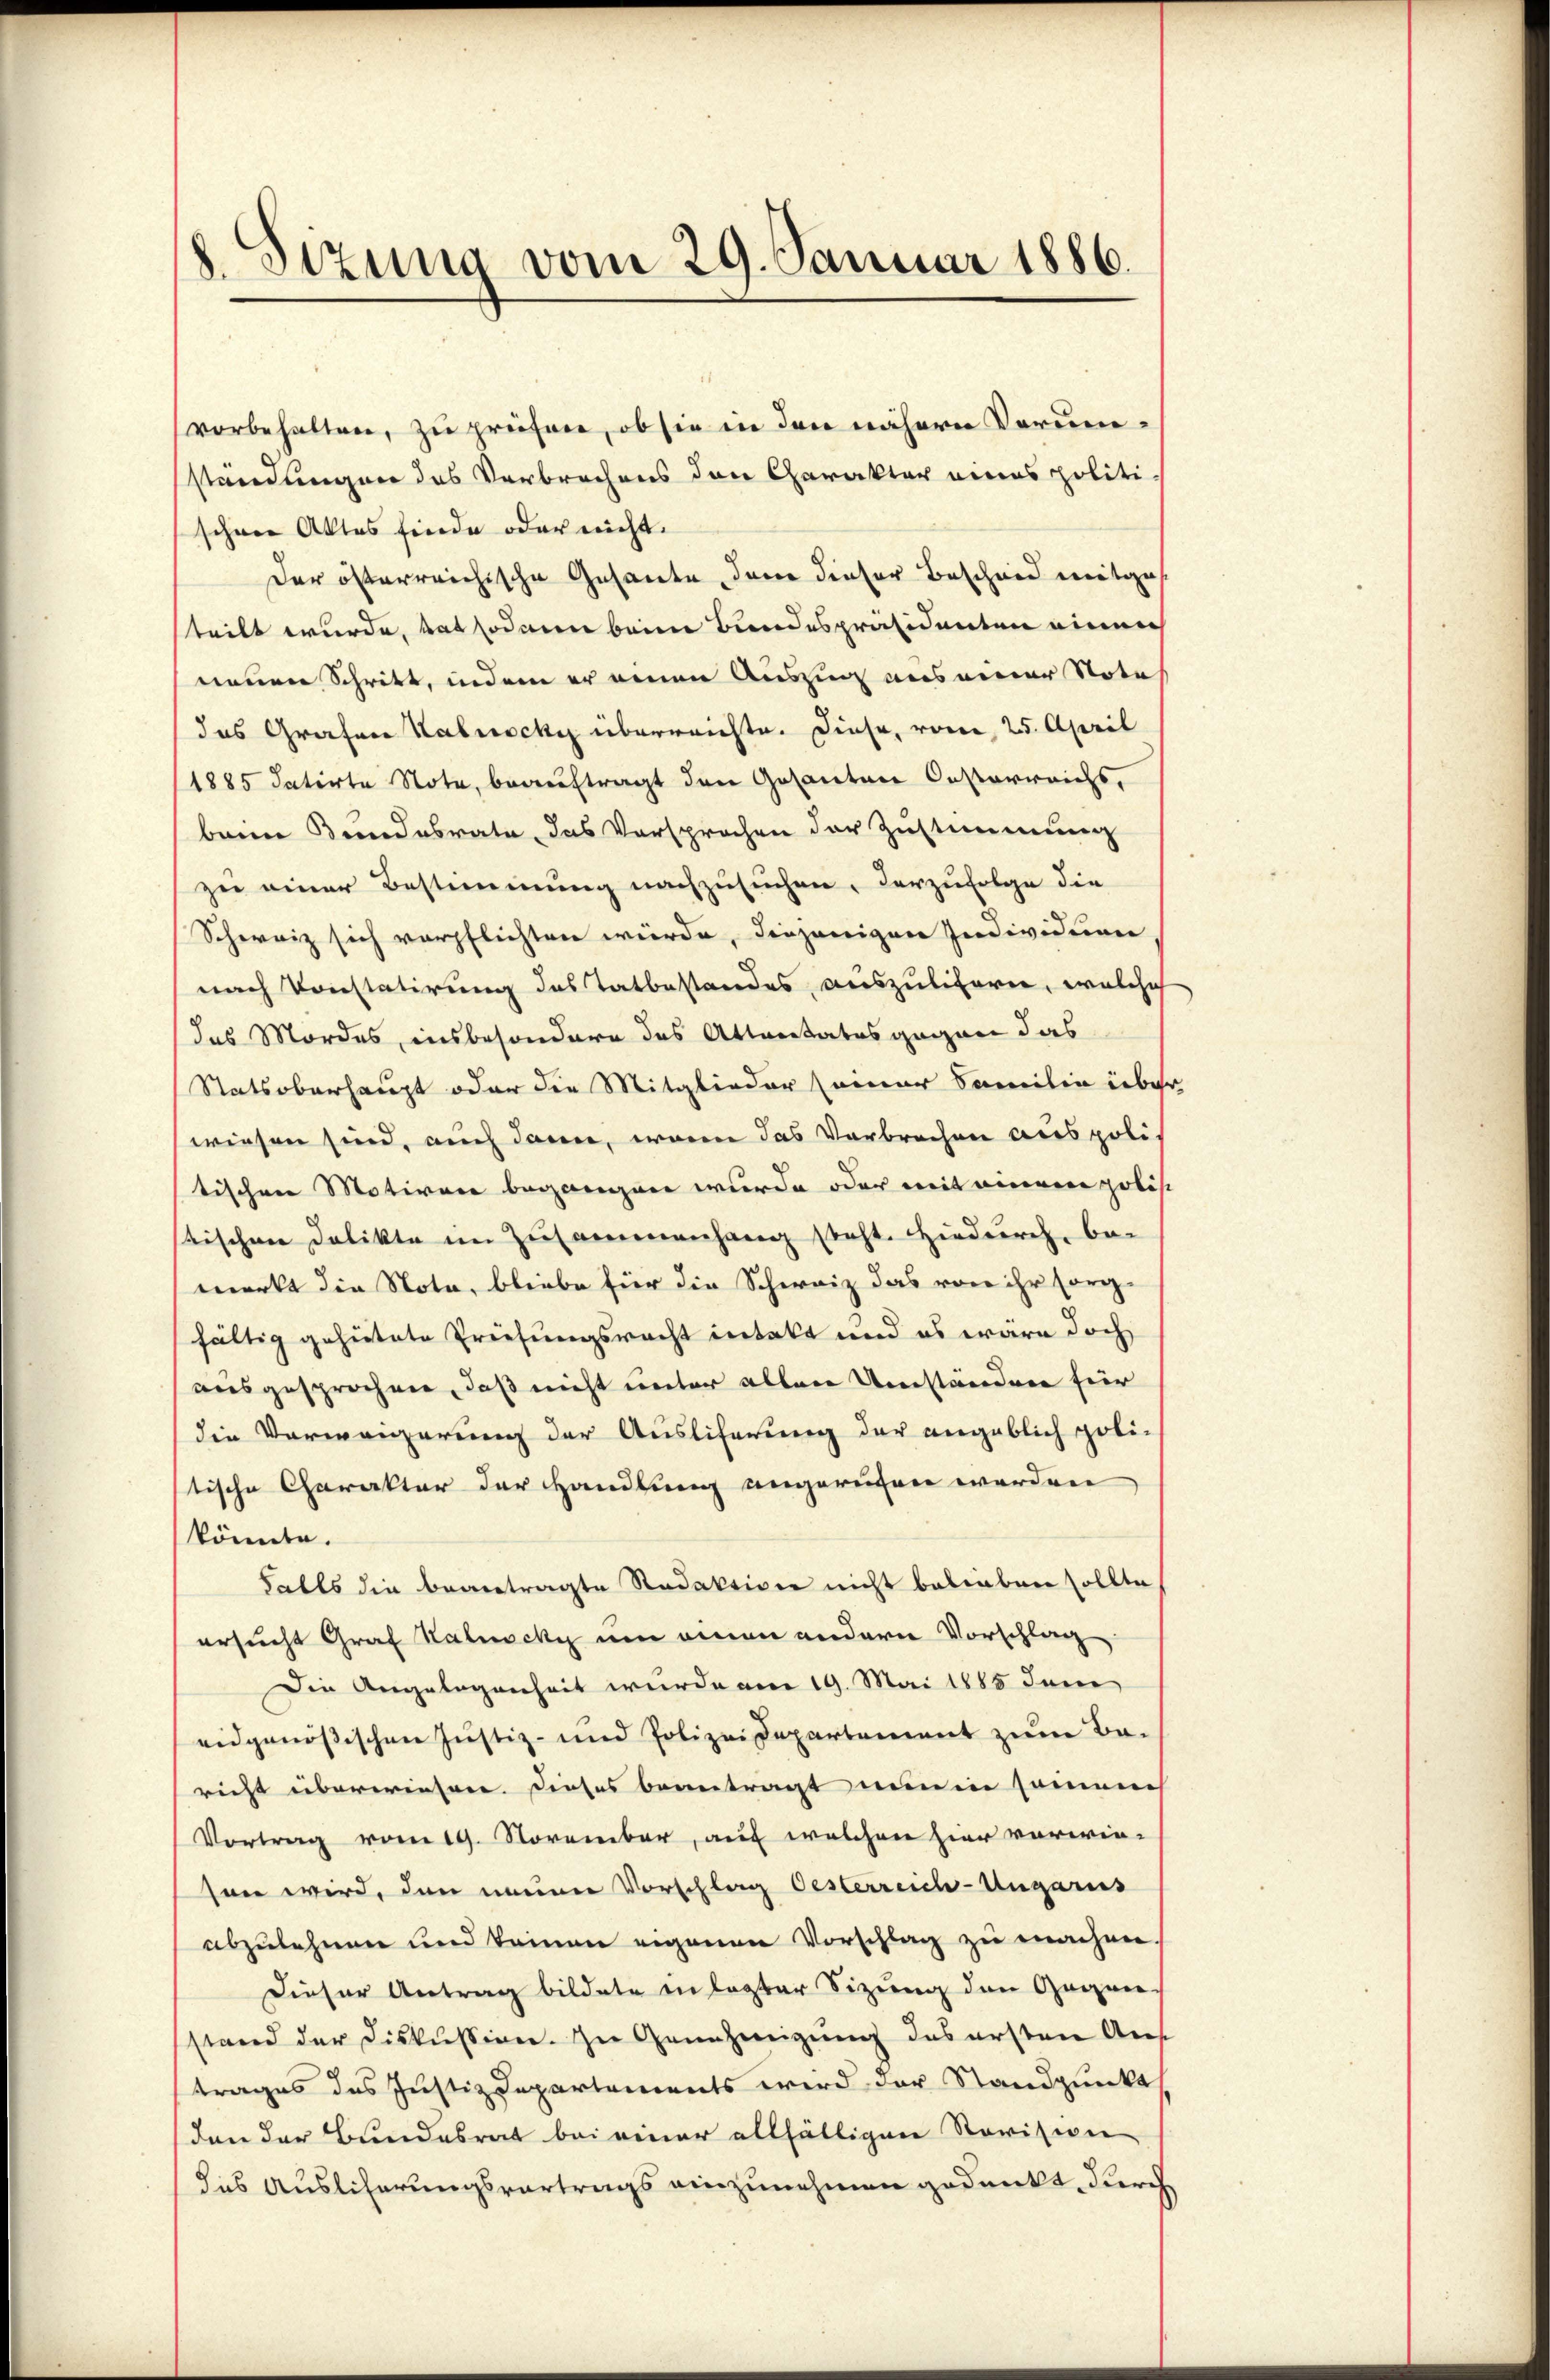
8. Sizung vom 29. Januar 1886.

vorbehalten, zu prüfen, ob sie in den nähern Verumständungen das Verbrechens den Charakter eines politi
schen Aktes finde oder nicht.
der österreichische Gesante, dann dieser Bescheid mitgesteilt wurde, tat sodann beim Bundespräsidenten einer
neuen Schritt, indem er einen Auszug aus einer Nota
das Grafen Kalnocke überreichte. Diese, vom 25. April
1885 datirte Note, beauftragt den Gesanten Oesterreichs,
beim Bundesrate, das Vorsprochen der Zustimmung
zu einer Bestimmung nachzusuchen, darzufolge die
Schweiz sich verpflichten würde, diejenigen Individuen
nach Konstatirung des Tatbestandes, auszuliere, welches
das Mordes, insbesondere das Attentates gegen das
Statsoberhaupt oder die Mitglieder seiner Familie über
wiesen sind, auch dann, wenn das Verbrechen aus politischen Motiven begangen wurde oder mit einere gelöst
stischen Delikte im Zusammenhang steht. Hiedurch, be-
merkt die Nota, bliebe für die Schweiz das von ihr sorg-
fältig gehütete Priesungsrecht intakt und es wäre doch
ausgesprochen, daß nicht unter allen Umständere für
die Verweigerung der Ausliferung der angeblich poli-
stische Charakter der Handlung angerufen werden
könnte.
Falls die beantragte Redaktion nicht belieben sollte
ersucht Graf Kalacky um einen andern Vorschlag
Die Angelegenheit wurde am 19. Mai 1885 dem
eidgenössischen Justiz- und Polizeidepartement zum Ba-
richt überwiesen dieses beantragt meine sommenes
Vortrag vom 19. November, auf welchen hier vorwie-
son wird, den meiner Vorschlag Oesterreich-Ungaris
abzulehnen und keinen eigenen Vorschlag zu machen.
Dieser Antrag bildete in legter Sizung den Gegen
stand der Diskussion. In Genehmigung das ersten Ans
trages das Justizdepartements wird der Standpunkt
den der Bundesrat bei einer allfälligen Revision
das Auslicherungsvertrags einzunehmen gedankt, durch